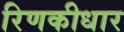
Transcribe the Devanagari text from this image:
रिणकीधार